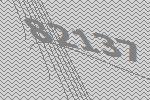
82137